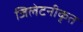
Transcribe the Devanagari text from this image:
जिलेटनीकृत